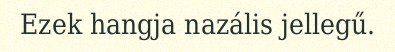
Ezek hangja nazális jellegű.